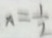
x = \frac { 1 } { 2 }